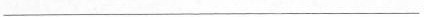
___